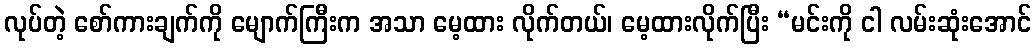
လုပ်တဲ့ စော်ကားချက်ကို မျောက်ကြီးက အသာ မေ့ထား လိုက်တယ်၊ မေ့ထားလိုက်ပြီး “မင်းကို ငါ လမ်းဆုံးအောင်